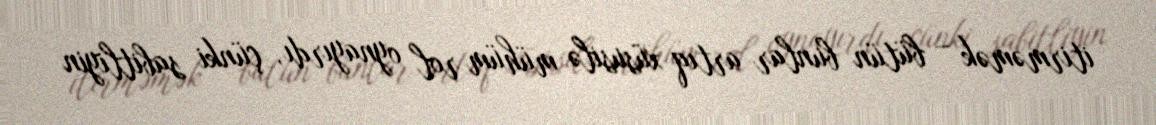
itirməmək – bütün bunlar artıq xüsusilə mühüm rol oynayırdı, çünki sabitliyin